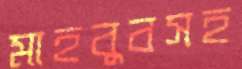
মাহবুবসহ